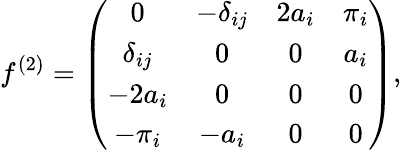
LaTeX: f^{(2)}=\left(\begin{array}{cccc}{{0}}&{{-\delta_{ij}}}&{{2a_{i}}}&{{\pi_{i}}}\\ {{\delta_{ij}}}&{{0}}&{{0}}&{{a_{i}}}\\ {{-2a_{i}}}&{{0}}&{{0}}&{{0}}\\ {{-\pi_{i}}}&{{-a_{i}}}&{{0}}&{{0}}\end{array}\right),